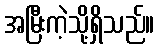
အမြီးကဲ့သို့ရှိသည်။